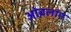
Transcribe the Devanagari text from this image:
ओबलांग